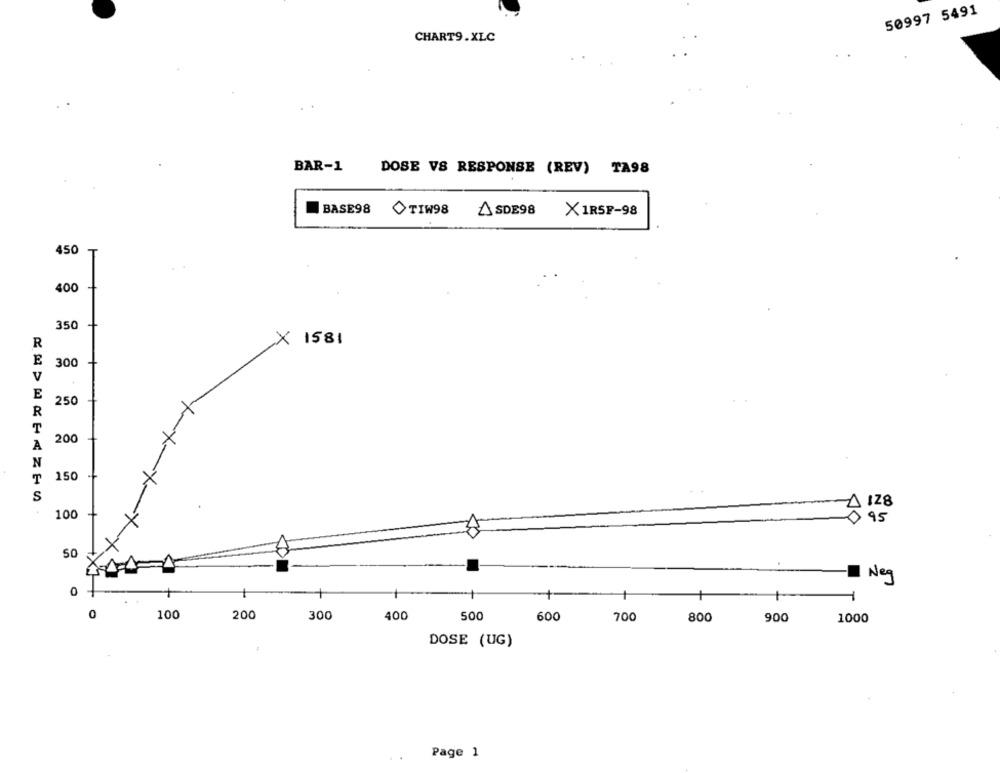
50997 5491
CHART9.XLC
BAR-1
DOSE VS RESPONSE (REV) TA98
BASE98
TIW98
ASDE98
X1RSF-98
450
400
350
×
1581
R
E
300
V
E
250
R
T
20
A
N
T
150
S
128
100
095
50
Neg
0
100
200
300
400
500
600
700
800
900
1000
DOSE (UG)
Page 1